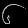
Digit: ၆